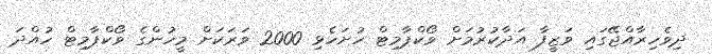
ދިވެހިރާއްޖޭގައި ވަޒީފާ އަދާކުރުމަށް ވޯކްޕާމިޓް ހުށަހެޅި 2000 ވަރަކަށް މީހުންގެ ވޯކްޕާމިޓް ހުއްދަ